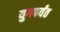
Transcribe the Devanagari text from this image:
युगपर्यंत